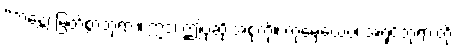
“ဘန္တေ၊ မြတ်စွာဘုရား။ ဣဒံ၊ ဤပုဆိုးအစုံကို။ တုမှေယေဝ၊ အရှင်ဘုရားတို့